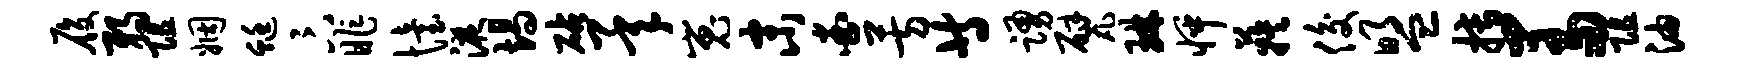
履弱阻姻蜓卞昨怡液竭砧承嵬末查芳等踊甓琳怦蔟俊盟搏羞阻油